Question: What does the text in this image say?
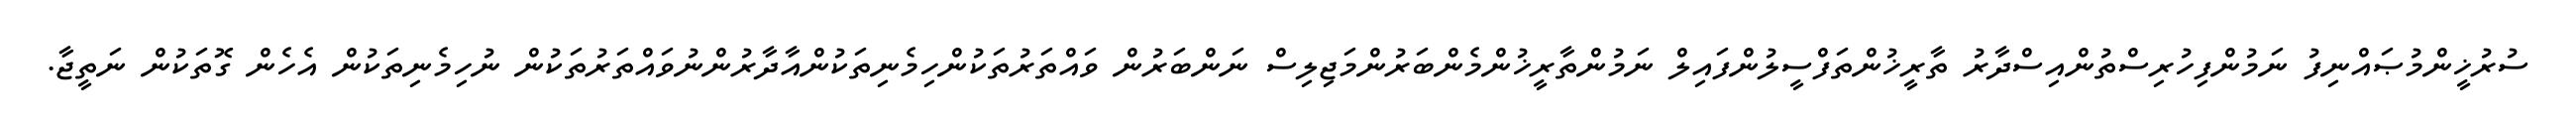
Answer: ސުރުޚީންމުޞައްނިފު ނަމުންފިހުރިސްތުންއިސްދާރު ތާރީޚުންތަފްސީލުންފައިލް ނަމުންތާރީޚުންމެންބަރުންމަޖިލިސް ނަންބަރުން ވައްތަރުތަކުންހިމެނިތަކުންއާދާރުންނުވައްތަރުތަކުން ނުހިމެނިތަކުން އެހެން ގޮތަކުން ނަތީޖާ.